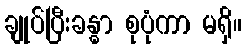
ချုပ်ပြီးခန္ဓာ စုပုံကာ မရှိ။